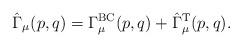
LaTeX: \begin{align*}\hat{\Gamma}_\mu (p,q) = \Gamma_\mu^{\rm BC} (p,q) + \hat{\Gamma}_\mu^{\rm T} (p,q). \end{align*}